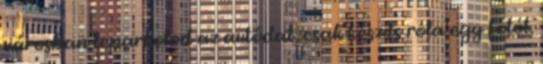
városban leparkolod az autódat, csak készíts róla egy fotót.